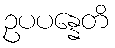
ဥပပန္နေတိ